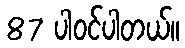
87 ပါ၀င်ပါတယ်။